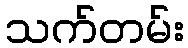
သက်တမ်း